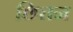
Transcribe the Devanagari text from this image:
छित्तन